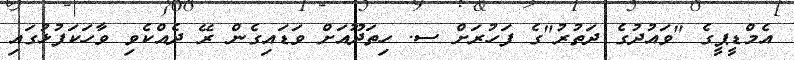
އެމްޑީޕީގެ "ވައުދުގެ ދަތުރު"ގެ ފަހުރަށް ސ. ހިތަދޫއަށް ވަޑައިގެން ރޭ ދެއްކެވި ވާހަކަފުޅުގައި